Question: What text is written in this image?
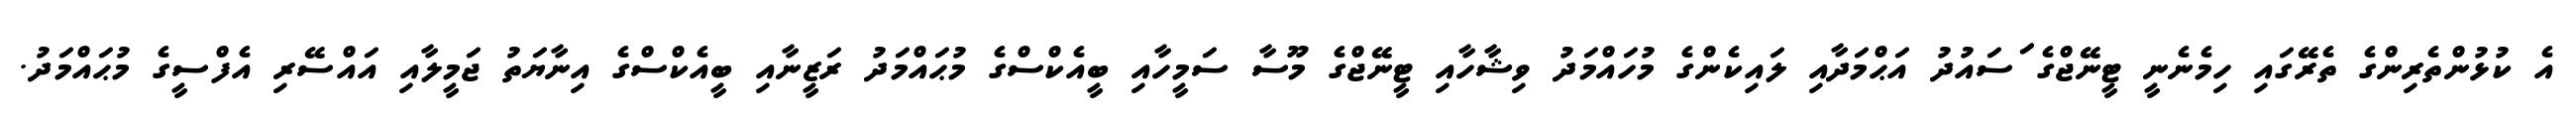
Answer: އެ ކުޅުންތެރިންގެ ތެރޭގައި ހިމެނެނީ ޓީނޭޖްގެ ަަސައުދު އަޙްމަދާއި ލައިކެންގެ މުހައްމަދު ވިޝާހާއި ޓީނޭޖްގެ މޫސާ ސަމީހާއި ބީއެކްސްގެ މުޙައްމަދު ރަޒީނާއި ބީއެކްސްގެ އިނާޔަތު ޖަމީލާއި އައްސޭރި އެފްސީގެ މުޙައްމަދު.